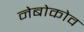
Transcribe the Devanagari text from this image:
नेबोकोव